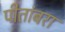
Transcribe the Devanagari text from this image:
पीतांबरा